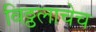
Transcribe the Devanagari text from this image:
विठ्ठलाचेच